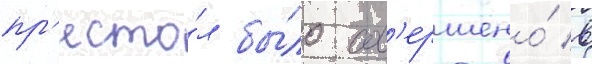
пр'есто́л бы́ло сов'ершено́ в